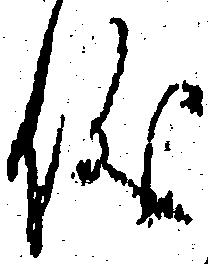
儀